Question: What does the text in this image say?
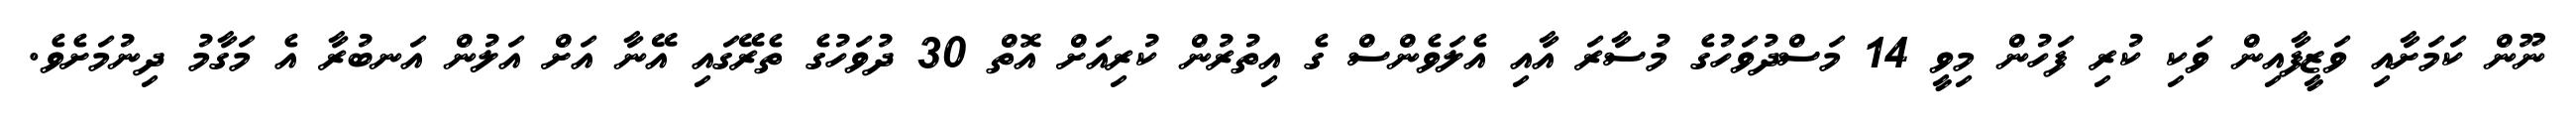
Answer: ނޫން ކަމަށާއި ވަޒީފާއިން ވަކި ކުރި ފަހުން މިވީ 14 މަސްދުވަހުގެ މުސާރަ އާއި އެލަވެންސް ގެ އިތުރުން ކުރިއަށް އޮތް 30 ދުވަހުގެ ތެރޭގައި އޭނާ އަށް އަލުން އަނބުރާ އެ މަގާމު ދިނުމަށެވެ.